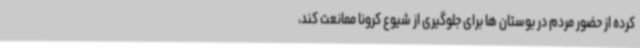
کرده از حضور مردم در بوستان ها برای جلوگیری از شیوع کرونا ممانعت کند،